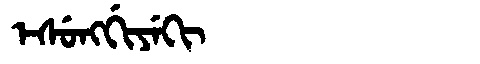
Manchu: ᡝᠰᡠᠩᡤᡳᠶᡝᡴᡳ
Romanization: ESUNGGIYEKI